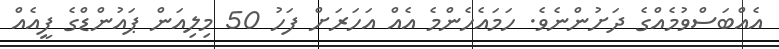
އެއްބަސްވުމެއްގެ ދަށުންނެވެ. ހަމައެހެންމެ އެއް އަހަރަށް ފަހު 50 މިލިއަން ޕައުންޑްގެ ފީއެއް